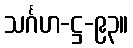
သင်္ဂဟ-ဋ္ဌ-၉၃။